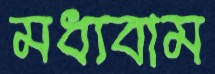
মধ্যবাম